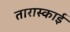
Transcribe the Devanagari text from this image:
तारास्काई